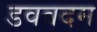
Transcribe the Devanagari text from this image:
डववदम